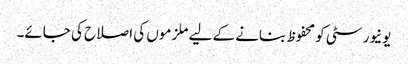
یونیورسٹی کو محفوظ بنانے کے لیے ملزموں کی اصلاح کی جائے۔